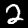
Label: 2